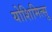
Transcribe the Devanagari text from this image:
योशिमित्सु